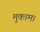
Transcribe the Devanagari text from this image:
मुकाम।